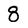
Character: 8